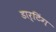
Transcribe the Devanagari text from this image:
डार्टिंग